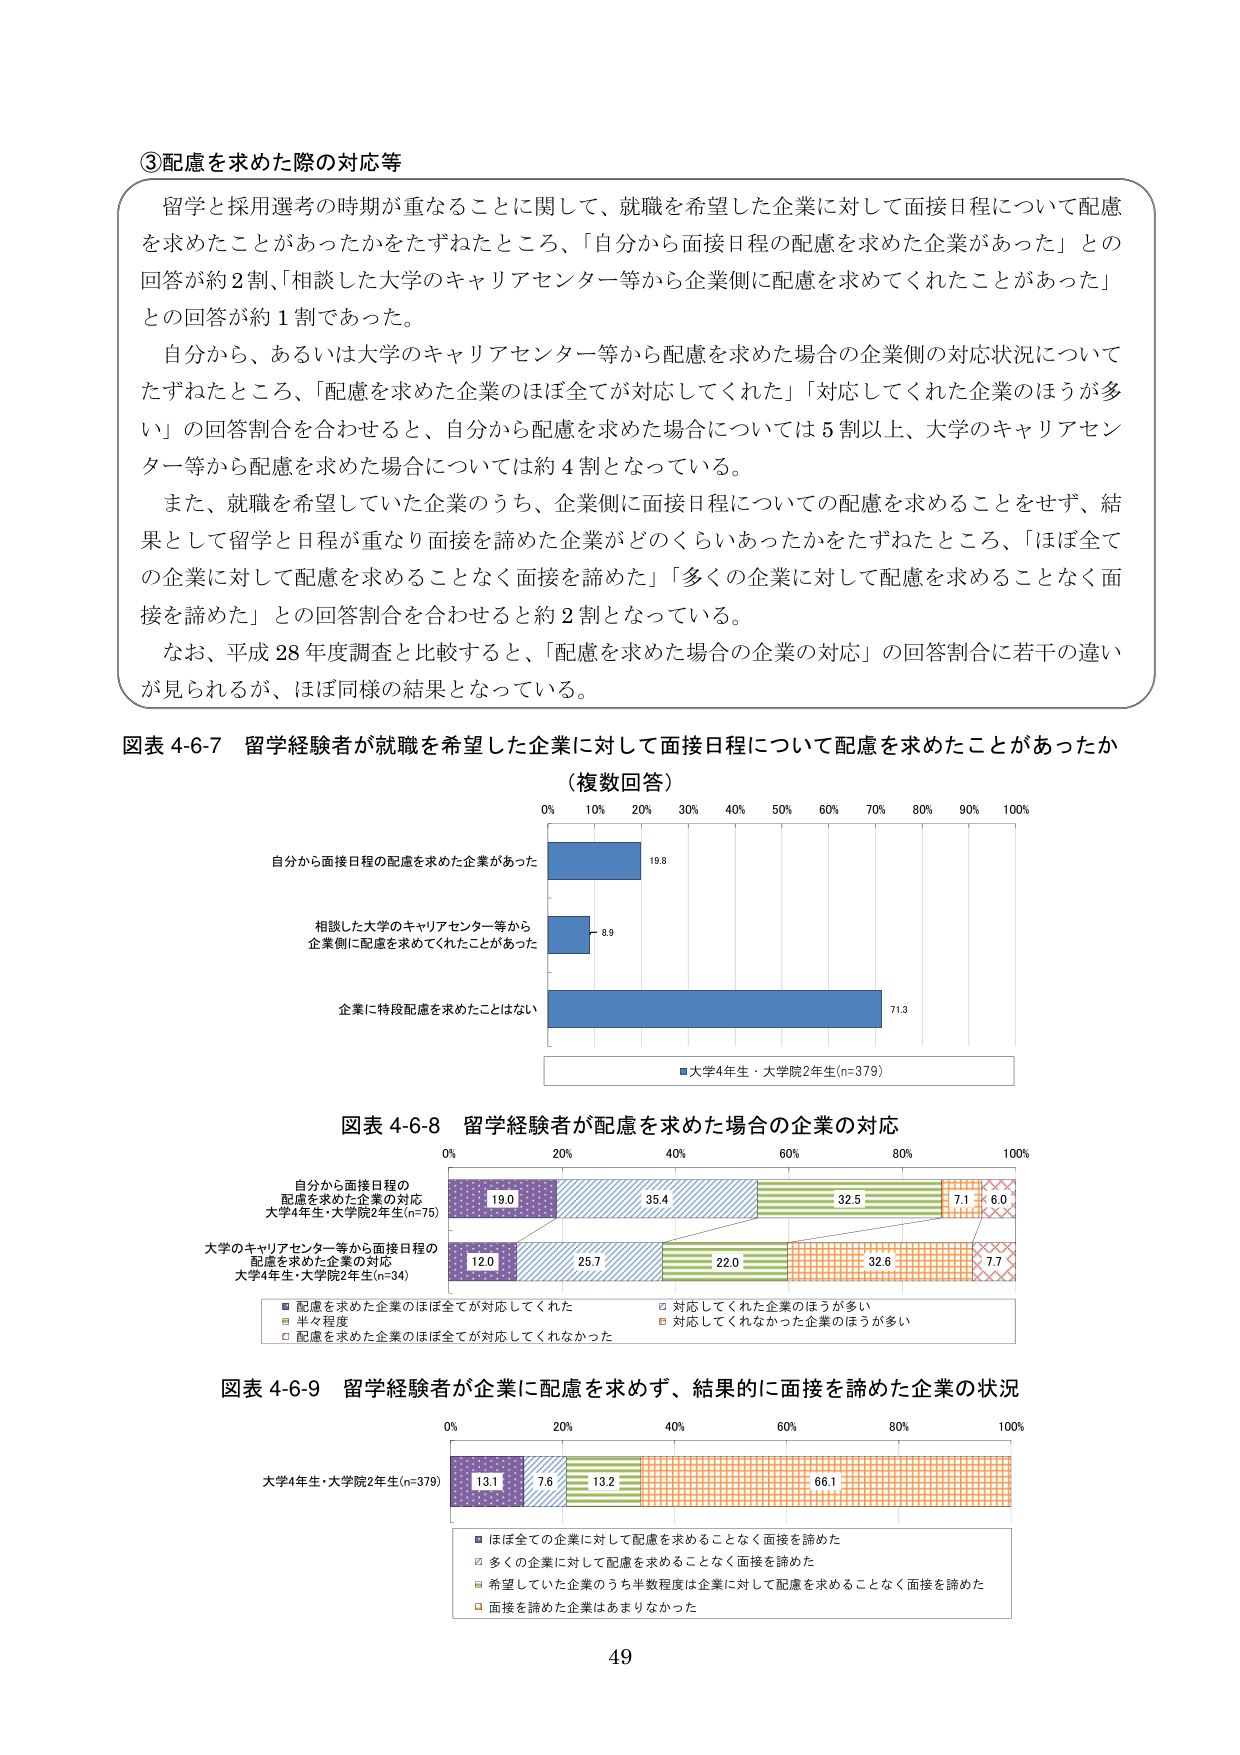
③配慮を求めた際の対応等

留学と採用選考の時期が重なることに関して、就職を希望した企業に対して面接日程について配慮を求めたことがあったかをたずねたところ、「自分から面接日程の配慮を求めた企業があった」との回答が約2割、「相談した大学のキャリアセンター等から企業側に配慮を求めてくれたことがあった」との回答が約1割であった。

自分から、あるいは大学のキャリアセンター等から配慮を求めた場合の企業側の対応状況についてたずねたところ、「配慮を求めた企業のほぼ全てが対応してくれた」「対応してくれた企業のほうが多 い」の回答割合を合わせると、自分から配慮を求めた場合については5割以上、大学のキャリアセンター等から配慮を求めた場合については約4割となっている。

また、就職を希望していた企業のうち、企業側に面接日程についての配慮を求めることをせず、結果として留学と日程が重なり面接を諦めた企業がどのくらいあったかをたずねたところ、「ほぼ全ての企業に対して配慮を求めることなく面接を諦めた」「多くの企業に対して配慮を求めることなく面接を諦めた」との回答割合を合わせると約2割となっている。

なお、平成28年度調査と比較すると、「配慮を求めた場合の企業の対応」の回答割合に若干の違いが見られるが、ほぼ同様の結果となっている。

図表4-6-7 留学経験者が就職を希望した企業に対して面接日程について配慮を求めたことがあったか
（複数回答）

0% 10% 20% 30% 40% 50% 60% 70% 80% 90% 100%

自分から面接日程の配慮を求めた企業があった 19.8

相談した大学のキャリアセンター等から企業側に配慮を求めてくれたことがあった 8.9

企業に特段配慮を求めたことはない 71.3

■大学4年生・大学院2年生(n=379)

図表4-6-8 留学経験者が配慮を求めた場合の企業の対応

0% 20% 40% 60% 80% 100%

自分から面接日程の配慮を求めた企業の対応
大学4年生・大学院2年生(n=75)
19.0 35.4 32.5 7.1 6.0

大学のキャリアセンター等から面接日程の配慮を求めた企業の対応
大学4年生・大学院2年生(n=34)
12.0 25.7 22.0 32.6 7.7

■ 配慮を求めた企業のほぼ全てが対応してくれた
□ 対応してくれた企業のほうが多 い
■ 半々程度
■ 対応してくれなかった企業のほうが多 い
□ 配慮を求めた企業のほぼ全てが対応してくれなかった

図表4-6-9 留学経験者が企業に配慮を求めず、結果的に面接を諦めた企業の状況

0% 20% 40% 60% 80% 100%

大学4年生・大学院2年生(n=379)
13.1 7.6 13.2 66.1

■ ほぼ全ての企業に対して配慮を求めることなく面接を諦めた
□ 多くの企業に対して配慮を求めることなく面接を諦めた
■ 希望していた企業のうち半数程度は企業に対して配慮を求めることなく面接を諦めた
□ 面接を諦めた企業はあまりなかった

49